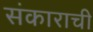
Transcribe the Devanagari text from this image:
संकाराची